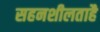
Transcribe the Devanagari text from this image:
सहनशीलताहै